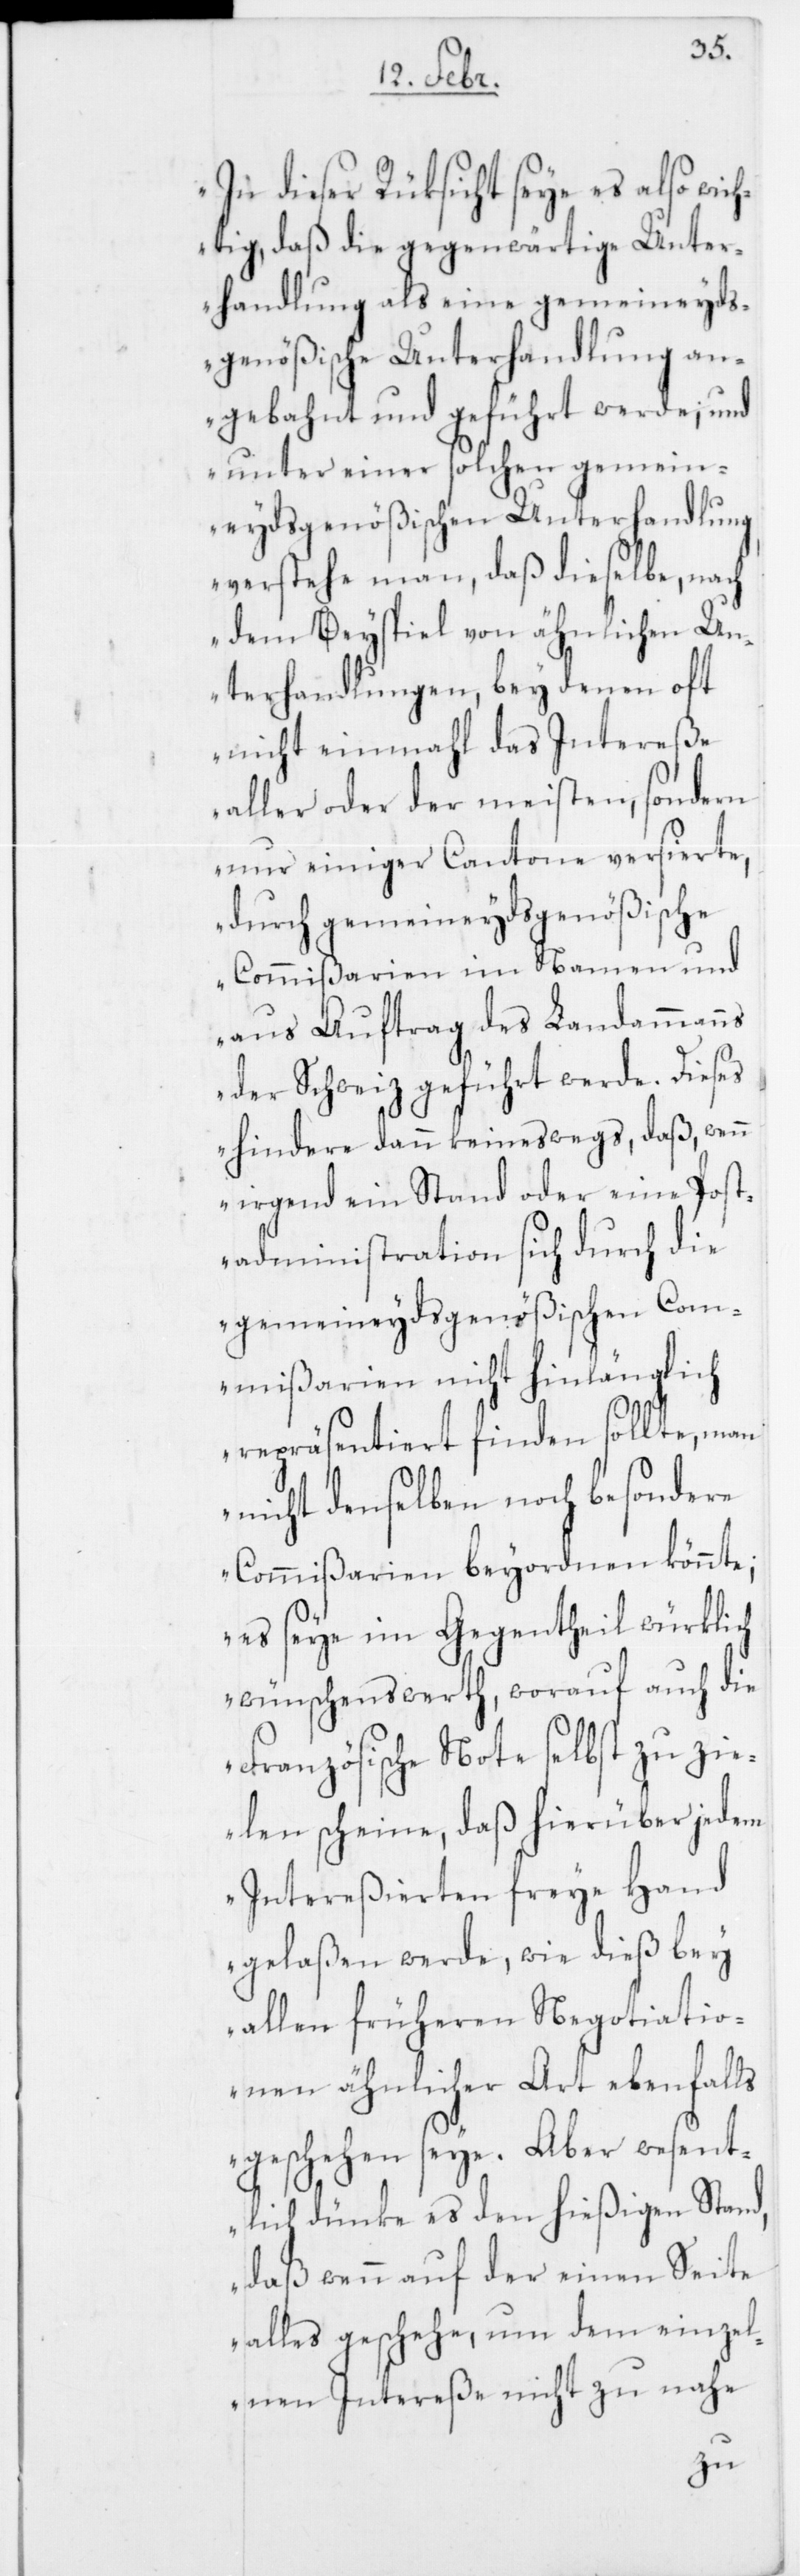
In dieser Rüksicht seye es also wich¬
tig, daß die gegenwärtige Unter¬
handlung als eine gemeineyds¬
genößische Unterhandlung an¬
gebahnt und geführt werde; und
unter einer solchen gemein¬
eydsgenößischen Unterhandlung
verstehe man, daß dieselbe, nach
dem Beyspiel von ähnlichen U¬
nterhandlungen, bey denen oft
nicht einmahl das Intereße
aller oder der meisten, sondern
nur einiger Cantone versierte,
durch gemeineydsgenößische
Commißarien im Namen und
aus Auftrag des Landammanns
der Schweiz geführt werde. Dieses
hindere dann keineswegs, daß, wenn
irgend ein Stand oder eine Post¬
administration sich durch die
gemeineydsgenößischen Com¬
mißarien nicht hinlänglich
repräsentiert finden sollte, man
nicht denselben noch besondere
Commißarien beyordnen könnte;
es seye im Gegentheil würklich
wünschenswerth, worauf auch die
Französische Note selbst zu zi¬
elen scheine, daß hierüber jedem
Intereßierten freye Hand
gelaßen werde, wie dieß bey
allen früheren Negotiatio¬
nen ähnlicher Art ebenfalls
geschehen seye. Aber wesent¬
lich dünke es den hießigen Stand,
daß wenn auf der einen Seite
alles geschehe, um dem einzel¬
nen Intereße nicht zu nahe